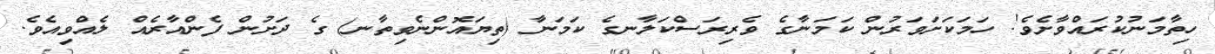
ހިތާމަނުކުރައްވާށެވެ! ހަމަކަށަވަރުން ކަމަނާގެ ވެރިރަސްކަލާނގެ ކަމަނާ (ތިޔައޮންނެވިތާނ) ގެ ދަށުން ފެންއާރެއް ލެއްވިއެވެ.